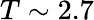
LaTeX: T\sim 2.7